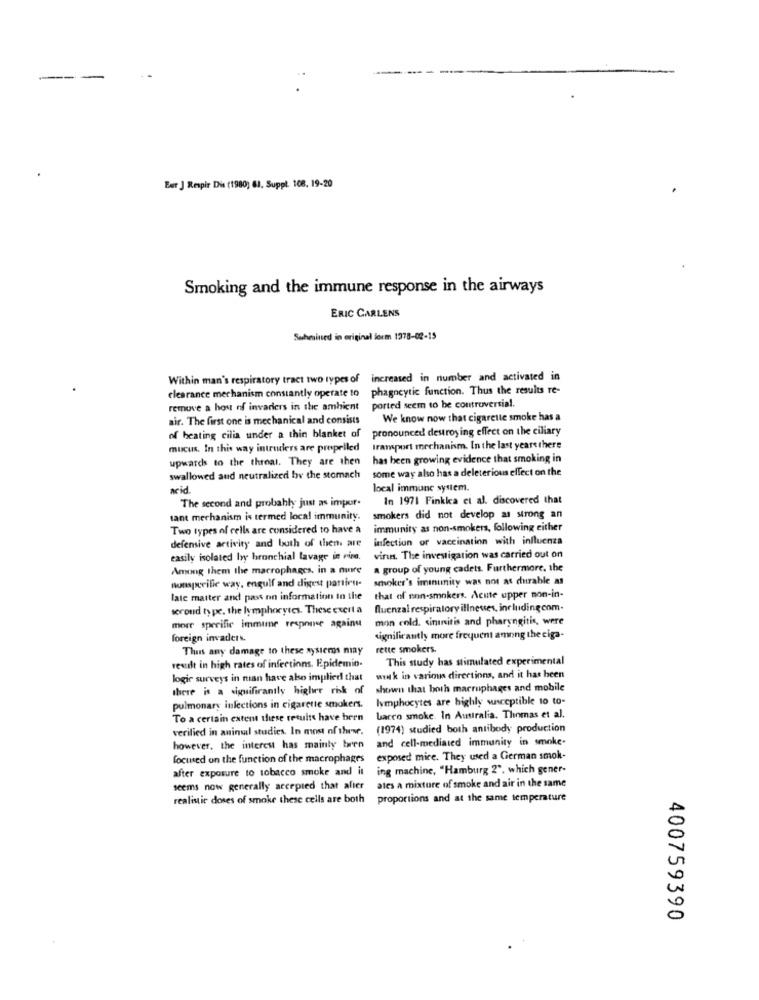
-
Ber J Respir Dis (1980) 61, Suppt. 108, 19-20
Smoking and the immune response in the airways
ERIC CARLENS
Submitted in original form 1978-02-15
Within man's respiratory tract two types of increased in number and activated in
clearance mechanism constantly operate to phagocytic function. Thus the results re-
remove a host of invaders in the ambient
ported seem to be controversial.
air. The first one is mechanical and consists
We know now that cigarette smoke has a
pronounced destroying effect on the ciliary
of beating cilia under a thin blanket of
mucus. In this way intruders are propelled
transport mechanism. In the last years there
upwards to the throat. They are then
has been growing evidence that smoking in
some way also has a deleterious effect on the
swallowed aud neutralized how the stomach
acid
local immune system.
The second and probably just as impor-
In 1971 Finkka et al. discovered that
tant mechanism is termed local immunity.
smokers did not develop as strong an
Two types of cells are considered to have a
immunity as non-smokers, following either
defensive activity and both of them are
infection or vaccination with influenza
easily isolated lyy bronchial lavage in ripe.
virus. The investigation was carried out on
Among them the macrophages. in a nure
a group of young cadets. Furthermore, the
nonspecific way, engulf and digest partiru-
smoker's iminunity was not as chirable as
late matter and pass nin information in the
that of non-smokers. Acute upper non-in-
second type, the lymphocytes. These exert a
fluenzal respiratory illnesses, includingcom.
mon cold. sininitis and pharyngitis, were
more specific immune response against
foreign invaders.
significantly more frequent among the ciga-
Thus any damage to these systems may
rette smokers
This study has stimulated experimental
revel in high rates of infections. Epidemio-
logie surveys in man have abo implied that
wik in various directions, and it has been
there is a significantly higher risk of
shown that both macrophages and mobile
lymphocytes are highly wasceptible 10 to-
pulmonary infections in cigarette smokers.
To a certain extent these results have been
bacco smoke. In Australia. Thomas et al.
verified in animal studies. In most of these.
(1974) studied both antibody production
and cell-mediated immunity in smoke.
however, the interest has mainly twen
focused on the function of the macrophages
exposed mice. They used a German smok-
after exposure to tobacco smoke and it
ing machine, "Hamburg 2", which gener-
ates a mixture of smoke and air in the same
seems now generally accepted that after
realistic doses of smoke these cells are both
proportions and at the same temperature
400759390